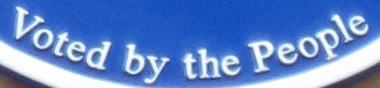
Voted by the People